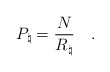
\begin{align*}P_\natural = {\frac{N}{R_\natural}} \quad .\end{align*}